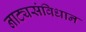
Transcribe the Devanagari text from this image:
नाट्यसंविधान